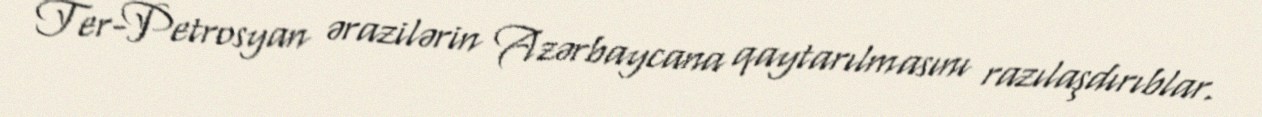
Ter-Petrosyan ərazilərin Azərbaycana qaytarılmasını razılaşdırıblar.